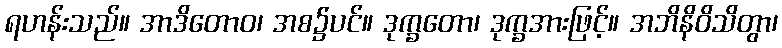
ရဟန်းသည်။ အာဒိတောဝ၊ အစ၌ပင်။ ဒုက္ခတော၊ ဒုက္ခအားဖြင့်။ အဘိနိဝိသိတွာ၊